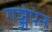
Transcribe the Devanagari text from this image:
गञ्जेपन